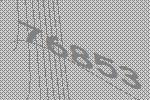
76853